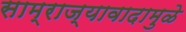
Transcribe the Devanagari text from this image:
साम्राज्यावादामुळे